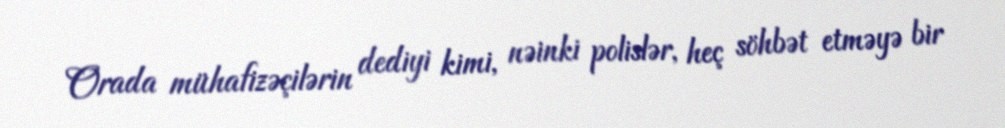
Orada mühafizəçilərin dediyi kimi, nəinki polislər, heç söhbət etməyə bir